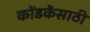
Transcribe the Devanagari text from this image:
कोंडकेंसाठी